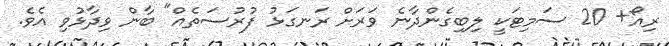
ރިއޯ+ 20 ސަމިޓަކީ ލިބިގެންދާނެ ވަރަށް ރަނގަޅު ފުރުސަތެއް" ބާން ވިދާޅުވި އެވެ.